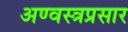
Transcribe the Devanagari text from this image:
अण्वस्त्रप्रसार